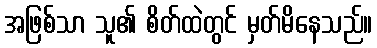
အဖြစ်သာ သူ၏ စိတ်ထဲတွင် မှတ်မိနေသည်။